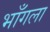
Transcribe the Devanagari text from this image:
भाँगला